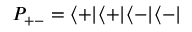
P _ { + - } = \langle + | \langle + | \langle - | \langle - |